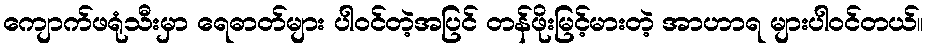
ကျောက်ဖရုံသီးမှာ ရေဓာတ်များ ပါဝင်တဲ့အပြင် တန်ဖိုးမြင့်မားတဲ့ အာဟာရ များပါဝင်တယ်။